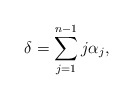
\begin{align*} \delta=\sum_{j=1}^{n-1} j\alpha_j,\end{align*}